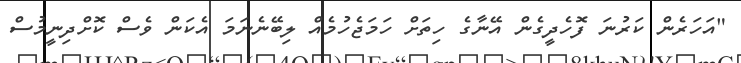
"އަހަރެން ކަރުނަ ފޮހެދީގެން އޭނާގެ ހިތަށް ހަމަޖެހުމެއް ލިބޭނެނަމަ އެކަން ވެސް ކޮށްދިނީމުސް